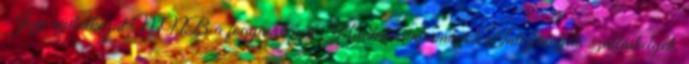
Jogi nyilatkozat MNB a fogyasztókért Hivatalos információk Intézmények, szálláshelyek,